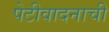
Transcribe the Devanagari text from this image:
पेटीवादनाची